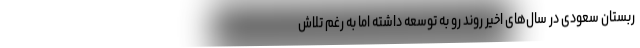
ربستان سعودی در سال‌های اخیر روند رو به توسعه داشته اما به رغم تلاش